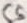
Text: C5